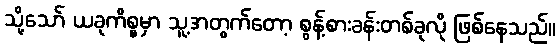
သို့သော် ယခုကိစ္စမှာ သူ့အတွက်တော့ စွန့်စားခန်းတစ်ခုလို ဖြစ်နေသည်။